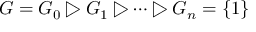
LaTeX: G = G _ { 0 } \triangleright G _ { 1 } \triangleright \dots \triangleright G _ { n } = \{ 1 \}